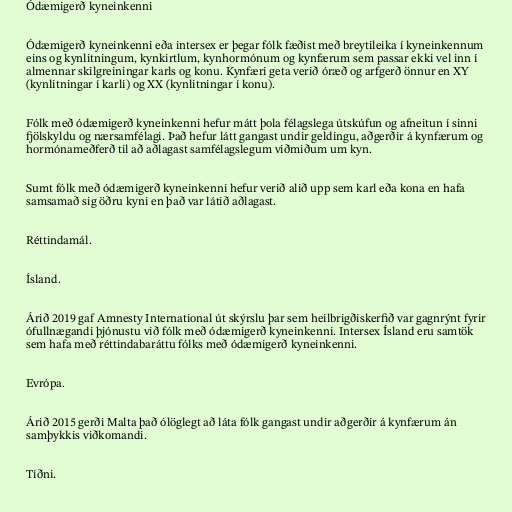
Ódæmigerð kyneinkenni

Ódæmigerð kyneinkenni eða intersex er þegar fólk fæðist með breytileika í kyneinkennum
eins og kynlitningum, kynkirtlum, kynhormónum og kynfærum sem passar ekki vel inn í
almennar skilgreiningar karls og konu. Kynfæri geta verið óræð og arfgerð önnur en XY
(kynlitningar í karli) og XX (kynlitningar í konu).

Fólk með ódæmigerð kyneinkenni hefur mátt þola félagslega útskúfun og afneitun í sinni
fjölskyldu og nærsamfélagi. Það hefur látt gangast undir geldingu, aðgerðir á kynfærum og
hormónameðferð til að aðlagast samfélagslegum viðmiðum um kyn.

Sumt fólk með ódæmigerð kyneinkenni hefur verið alið upp sem karl eða kona en hafa
samsamað sig öðru kyni en það var látið aðlagast.

Réttindamál.

Ísland.

Árið 2019 gaf Amnesty International út skýrslu þar sem heilbrigðiskerfið var gagnrýnt fyrir
ófullnægandi þjónustu við fólk með ódæmigerð kyneinkenni. Intersex Ísland eru samtök
sem hafa með réttindabaráttu fólks með ódæmigerð kyneinkenni.

Evrópa.

Árið 2015 gerði Malta það ólöglegt að láta fólk gangast undir aðgerðir á kynfærum án
samþykkis viðkomandi.

Tíðni.